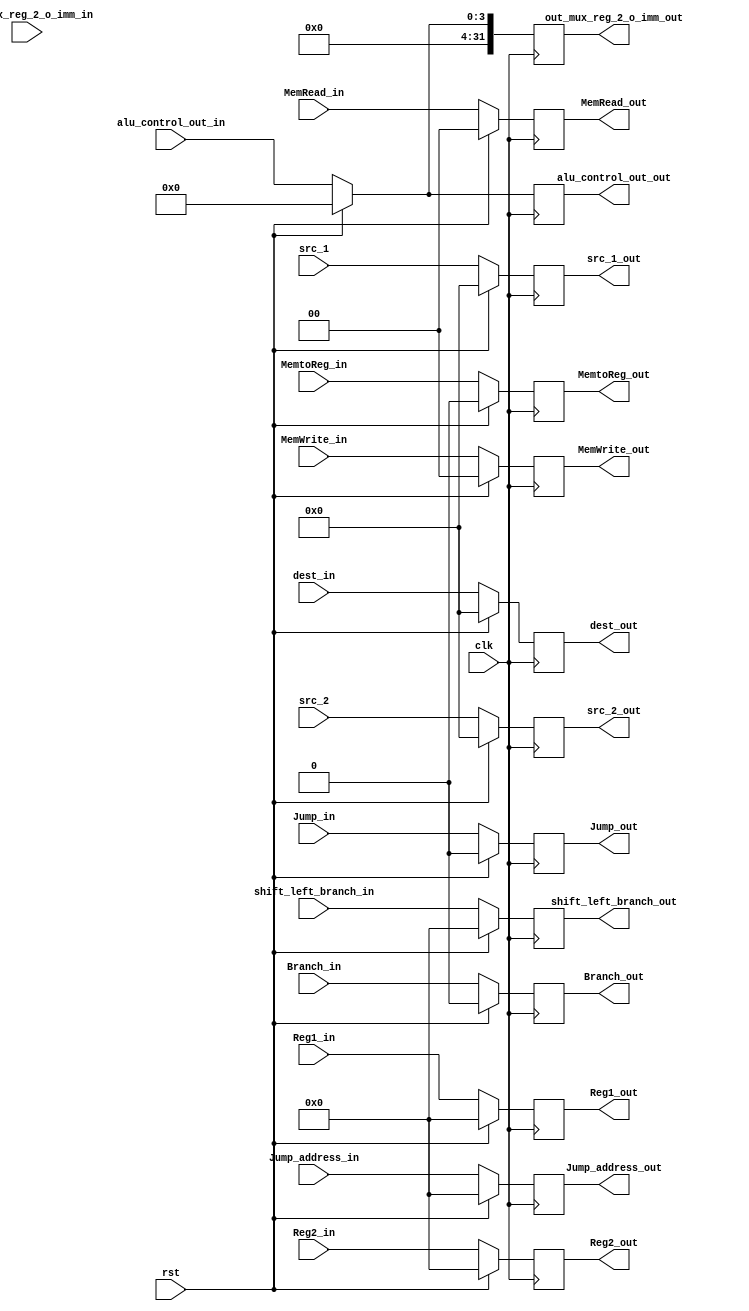
module D_EX(input clk,rst,input [4:0] src_1,input [4:0] src_2,input [4:0] dest_in,input [31:0] Reg1_in,
input [31:0] Reg2_in,input [31:0] out_mux_reg_2_o_imm_in,input Branch_in,
input Jump_in,
input MemtoReg_in,input [1:0] MemRead_in,input [1:0] MemWrite_in,
input [3:0] alu_control_out_in,input [31:0] Jump_address_in,
input [31:0] shift_left_branch_in,output reg [4:0] src_1_out,output reg [4:0] src_2_out,output reg [4:0] dest_out,
output reg [31:0] Reg1_out,output reg [31:0] Reg2_out,
output reg [31:0] out_mux_reg_2_o_imm_out,output reg Branch_out,
output reg Jump_out,
output reg MemtoReg_out,output reg [1:0] MemRead_out,
output reg [1:0] MemWrite_out,
output reg [3:0] alu_control_out_out,output reg [31:0] Jump_address_out,
output reg [31:0] shift_left_branch_out);


always @(posedge clk)
begin
    if (rst) 
        begin
        src_1_out<=0;
        src_2_out<=0;        
        Reg1_out<=0;
        Reg2_out<=0;
        dest_out<=0;
        out_mux_reg_2_o_imm_out<=0;
        Branch_out<=0;
        Jump_out<=0;
        MemtoReg_out<=0;
        MemRead_out<=0;
        MemWrite_out<=0;
        alu_control_out_out<=0;
        Jump_address_out<=0;
        shift_left_branch_out<=0;
        end
    else
        begin
        src_1_out<=src_1;
        src_2_out<=src_2;
        Reg1_out<=Reg1_in;
        Reg2_out<=Reg2_in;
        dest_out<=dest_in;
        out_mux_reg_2_o_imm_out<=alu_control_out_in;
        Branch_out<=Branch_in;
        Jump_out<=Jump_in;
        MemtoReg_out<=MemtoReg_in;
        MemRead_out<=MemRead_in;
        MemWrite_out<=MemWrite_in;
        alu_control_out_out<=alu_control_out_in;
        Jump_address_out<=Jump_address_in;
        shift_left_branch_out<=shift_left_branch_in;
        end
end
endmodule